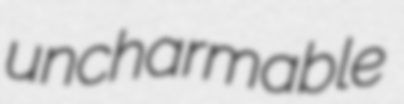
uncharmable